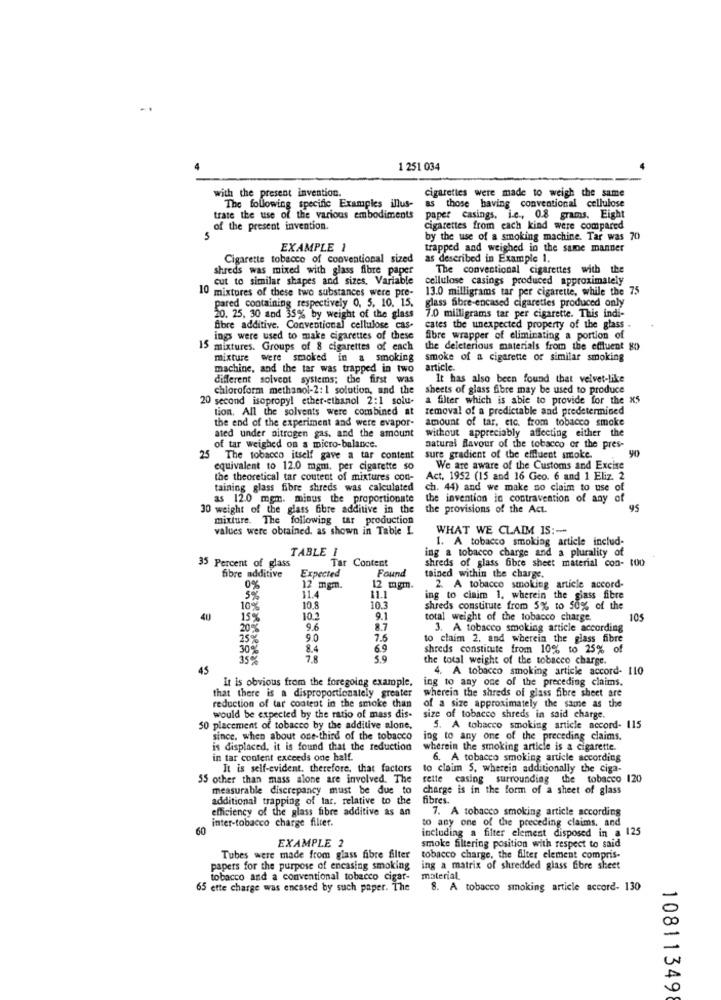
1 251 034
with the present invention.
cigarettes were made to weigh the same
The following specific Examples illus-
as those having conventional cellulose
trate the use of the various embodiments
paper casings, i.e ., 08 grams. Eight
of the present invention.
cigarettes from each kind were compared
5
by the use of a smoking machine. Tar was 70
EXAMPLE 1
trapped and weighed in the same manner
Cigarette tobacco of conventional sized
as described in Example 1.
shreds was mixed with glass fibre paper
The conventional cigarettes with the
cut to similar shapes and sizes, Variable
cellulose casings produced approximately
10 mixtures of these two substances were pre-
13.0 milligrams tar per cigarette, while the 75
pared containing respectively 0, 5, 10. 15,
glass fibre-encased cigareties produced only
20. 25, 30 and 35% by weight of the glass
7.0 milligrams tar per cigarette. This indi-
fibre additive. Conventional cellulose cas-
cates the unexpected property of the glass .
ings were used to make cigarettes of these
fibre wrapper of eliminating a portion of
15 mixtures. Groups of 8 cigarettes of each
the deleterious materials from the effluent 80
mixture were smoked in a smoking
smoke of a cigarette or similar smoking
machine, and the tar was trapped in two
article.
different solvent systems; the first was
It has also been found that velvet-like
chloroform methanol-2: 1 solution, and the
sheets of glass fibre may be used to produce
20 second isopropyl ether-ethanol 2:1 solu-
a filter which is able to provide for the x5
tion. All the solvents were combined at
removal of a predictable and predetermined
the end of the experiment and were evapor-
amount of tar, etc. from tobacco smoke
without appreciably affecting either the
ated under nitrogen gas, and the amount
of tar weighed on a micro-balance.
natural favour of the tobacco or the pres-
90
25 The tobacco itself gave a tar content
sure gradient of the effluent smoke.
equivalent to 12.0 mgm, per cigarette so
We are aware of the Customs and Excise
the theoretical tar coutent of mixtures con-
Act. 1952 (15 and 16 Geo. 6 and 1 Eliz. 2
taining glass fibre shreds was calculated
ch. 44) and we make no claim to use of
as 12.0 mgm. minus the proportionate
the invention in contravention of any of
30 weight of the glass fibre additive in the
the provisions of the Act.
95
mixture. The following tar production
values were obtained. as shown in Table L
WHAT WE CLAIM IS :-
1. A tobacco smoking article includ-
TABLE I
ing a tobacco charge and a plurality of
35 Percent of glass
Tar Content
shreds of glass bbre sheet material con- 100
fibre additive
Expected
Found
tained within the charge.
0%
12 mgm.
11.4
12 mgm.
2. A tobacco smoking article accord-
11.1
ing to cinim 1, wherein the glass fibre
10%
10.8
10.3
shreds constitute from 5% to 50% of the
15%
10.2
9.1
total weight of the tobacco charge.
105
20%
9.6
8.7
3. A tobacco smoking article according
25%
9.0
7.6
to claim 2. and wherein the glass fibre
30
8.4
6.9
shreds constitute from 10% to 25% of
350
7.8
5.9
the total weight of the tobacco charge.
45
4. A tobacco smoking article accord- 110
It Is obvious from the foregoing example,
ing to any one of the preceding claims.
that there is a disproportionately greater
wherein the shreds of glass fibre sheet are
reduction of tar content in the smoke chan
of a size approximately the same as the
would be expected by the ratio of mass dis-
size of tobacco shreds in said charge.
50 placement of tobacco by the additive alone,
S. A tobacco smoking article accord- 115
since, when about one-third of the tobacco
ing to any one of the preceding claims.
is displaced, it is found that the reduction
wherein the smoking article is a cigarette.
in tar content exceeds one half.
6. A tobacco smoking article according
It is self-evident. therefore, that factors
to claim 5, wherein additionally the ciga-
55 other than mass alone are involved. The
rette casing surrounding the tobacco 120
measurable discrepancy must be due to
charge is in the form of a sheet of glass
additional trapping of tar, relative to the
fibres.
efficiency of the glass fibre additive as an
7. A tobacco smoking article according
inter-tobacco charge filter.
60
including a filter element disposed in a 125
to any one of the preceding claims, and
EXAMPLE 2
smoke filtering position with respect to said
Tubes were made from glass fibre filter
tobacco charge, the filter element compris-
papers for the purpose of encasing smoking
ing a matrix of shredded glass fibre sheet
tobacco and a conventional tobacco cigar-
material
65 ette charge was encased by such paper. The
8. A tobacco smoking article accord- 130
10811349